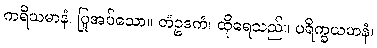
ကရိယမာနံ၊ ပြုအပ်သော။ တံဥဒကံ၊ ထိုရေသည်။ ပရိက္ခယမာနံ၊